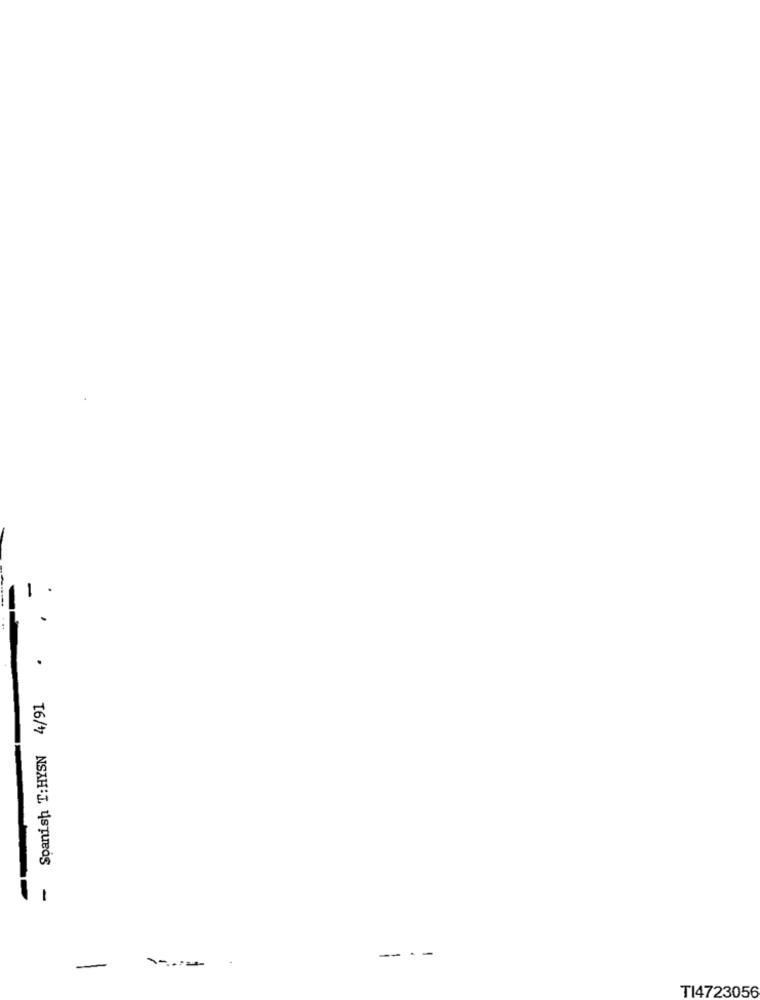
Spanish T:HYSN 4/91
-
TI4723056